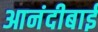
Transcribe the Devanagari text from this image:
आनंदीबाईं